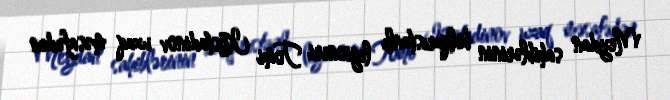
Meydan sahiblərinin bolqarıstanlı legioneri Tomi Kostadinov uzaq məsafədən